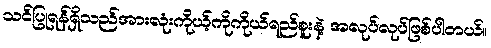
သင်ပြုရန်ရှိသည်အားလုံးကိုယ့်ကိုကိုယ်ရည်စူးနဲ့ အလုပ်လုပ်ဖြစ်ပါတယ်။